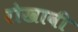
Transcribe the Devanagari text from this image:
रोखावी